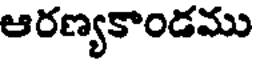
ఆరణ్యకాండము